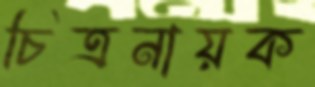
চিত্রনায়ক